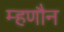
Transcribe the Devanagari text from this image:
म्हणौन